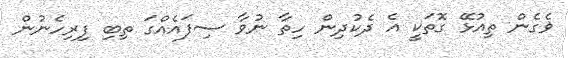
ޥެގެން ތިއުޅޭ ގޮތަކީ އެ ދެކުދިން ހިތާ ނުވާ ސިފައެއްގަ ތިބި ފިރިހެނުން